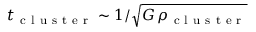
t _ { \mathrm { ~ c ~ l ~ u ~ s ~ t ~ e ~ r ~ } } \sim 1 / \sqrt { G \, \rho _ { \mathrm { ~ c ~ l ~ u ~ s ~ t ~ e ~ r ~ } } }